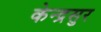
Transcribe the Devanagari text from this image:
केन्द्रसुर